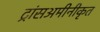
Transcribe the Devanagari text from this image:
ट्रांसअमीनीकृत